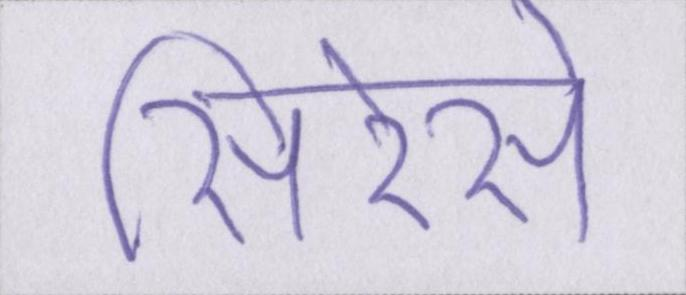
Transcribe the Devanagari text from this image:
सिरेसे